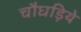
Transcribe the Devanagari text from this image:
चौघड़िये